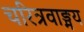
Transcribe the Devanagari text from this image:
चरित्रवाङ्मय